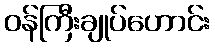
ဝန်ကြီးချုပ်ဟောင်း